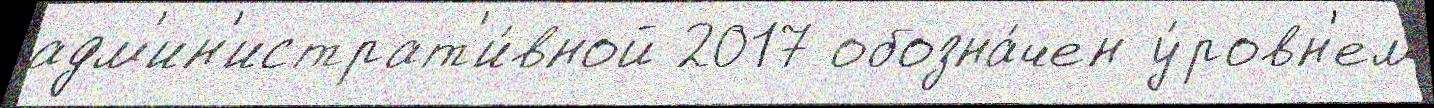
адм'ин'истрат'и́вной 2017 обозна́чен у́ровн'ем